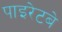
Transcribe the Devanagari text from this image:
पाइरेटबे